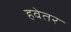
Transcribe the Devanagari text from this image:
हवेतर